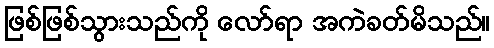
ဖြစ်ဖြစ်သွားသည်ကို လော်ရာ အကဲခတ်မိသည်။